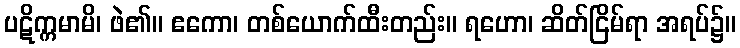
ပဋိက္ကမာမိ၊ ဖဲ၏။ ဧကော၊ တစ်ယောက်ထီးတည်း။ ရဟော၊ ဆိတ်ငြိမ်ရာ အရပ်၌။